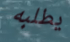
يطلبه